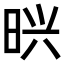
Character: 𭥽